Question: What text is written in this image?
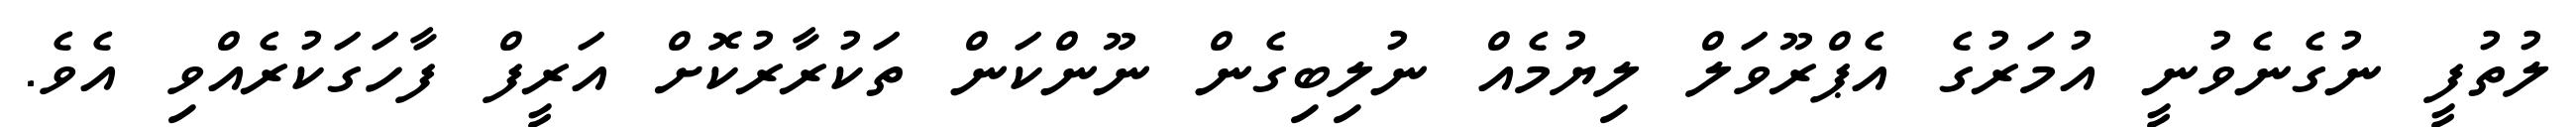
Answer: ލުތުފީ ނުގެނެވުނީ އުމަރުގެ އެޕްރޫވަލް ލިޔުމެއް ނުލިބިގެން ނޫންކަން ތަކުރާރުކޮށް އަރީފް ފާހަގަކުރެއްވި އެވެ.